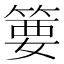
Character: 𱸍